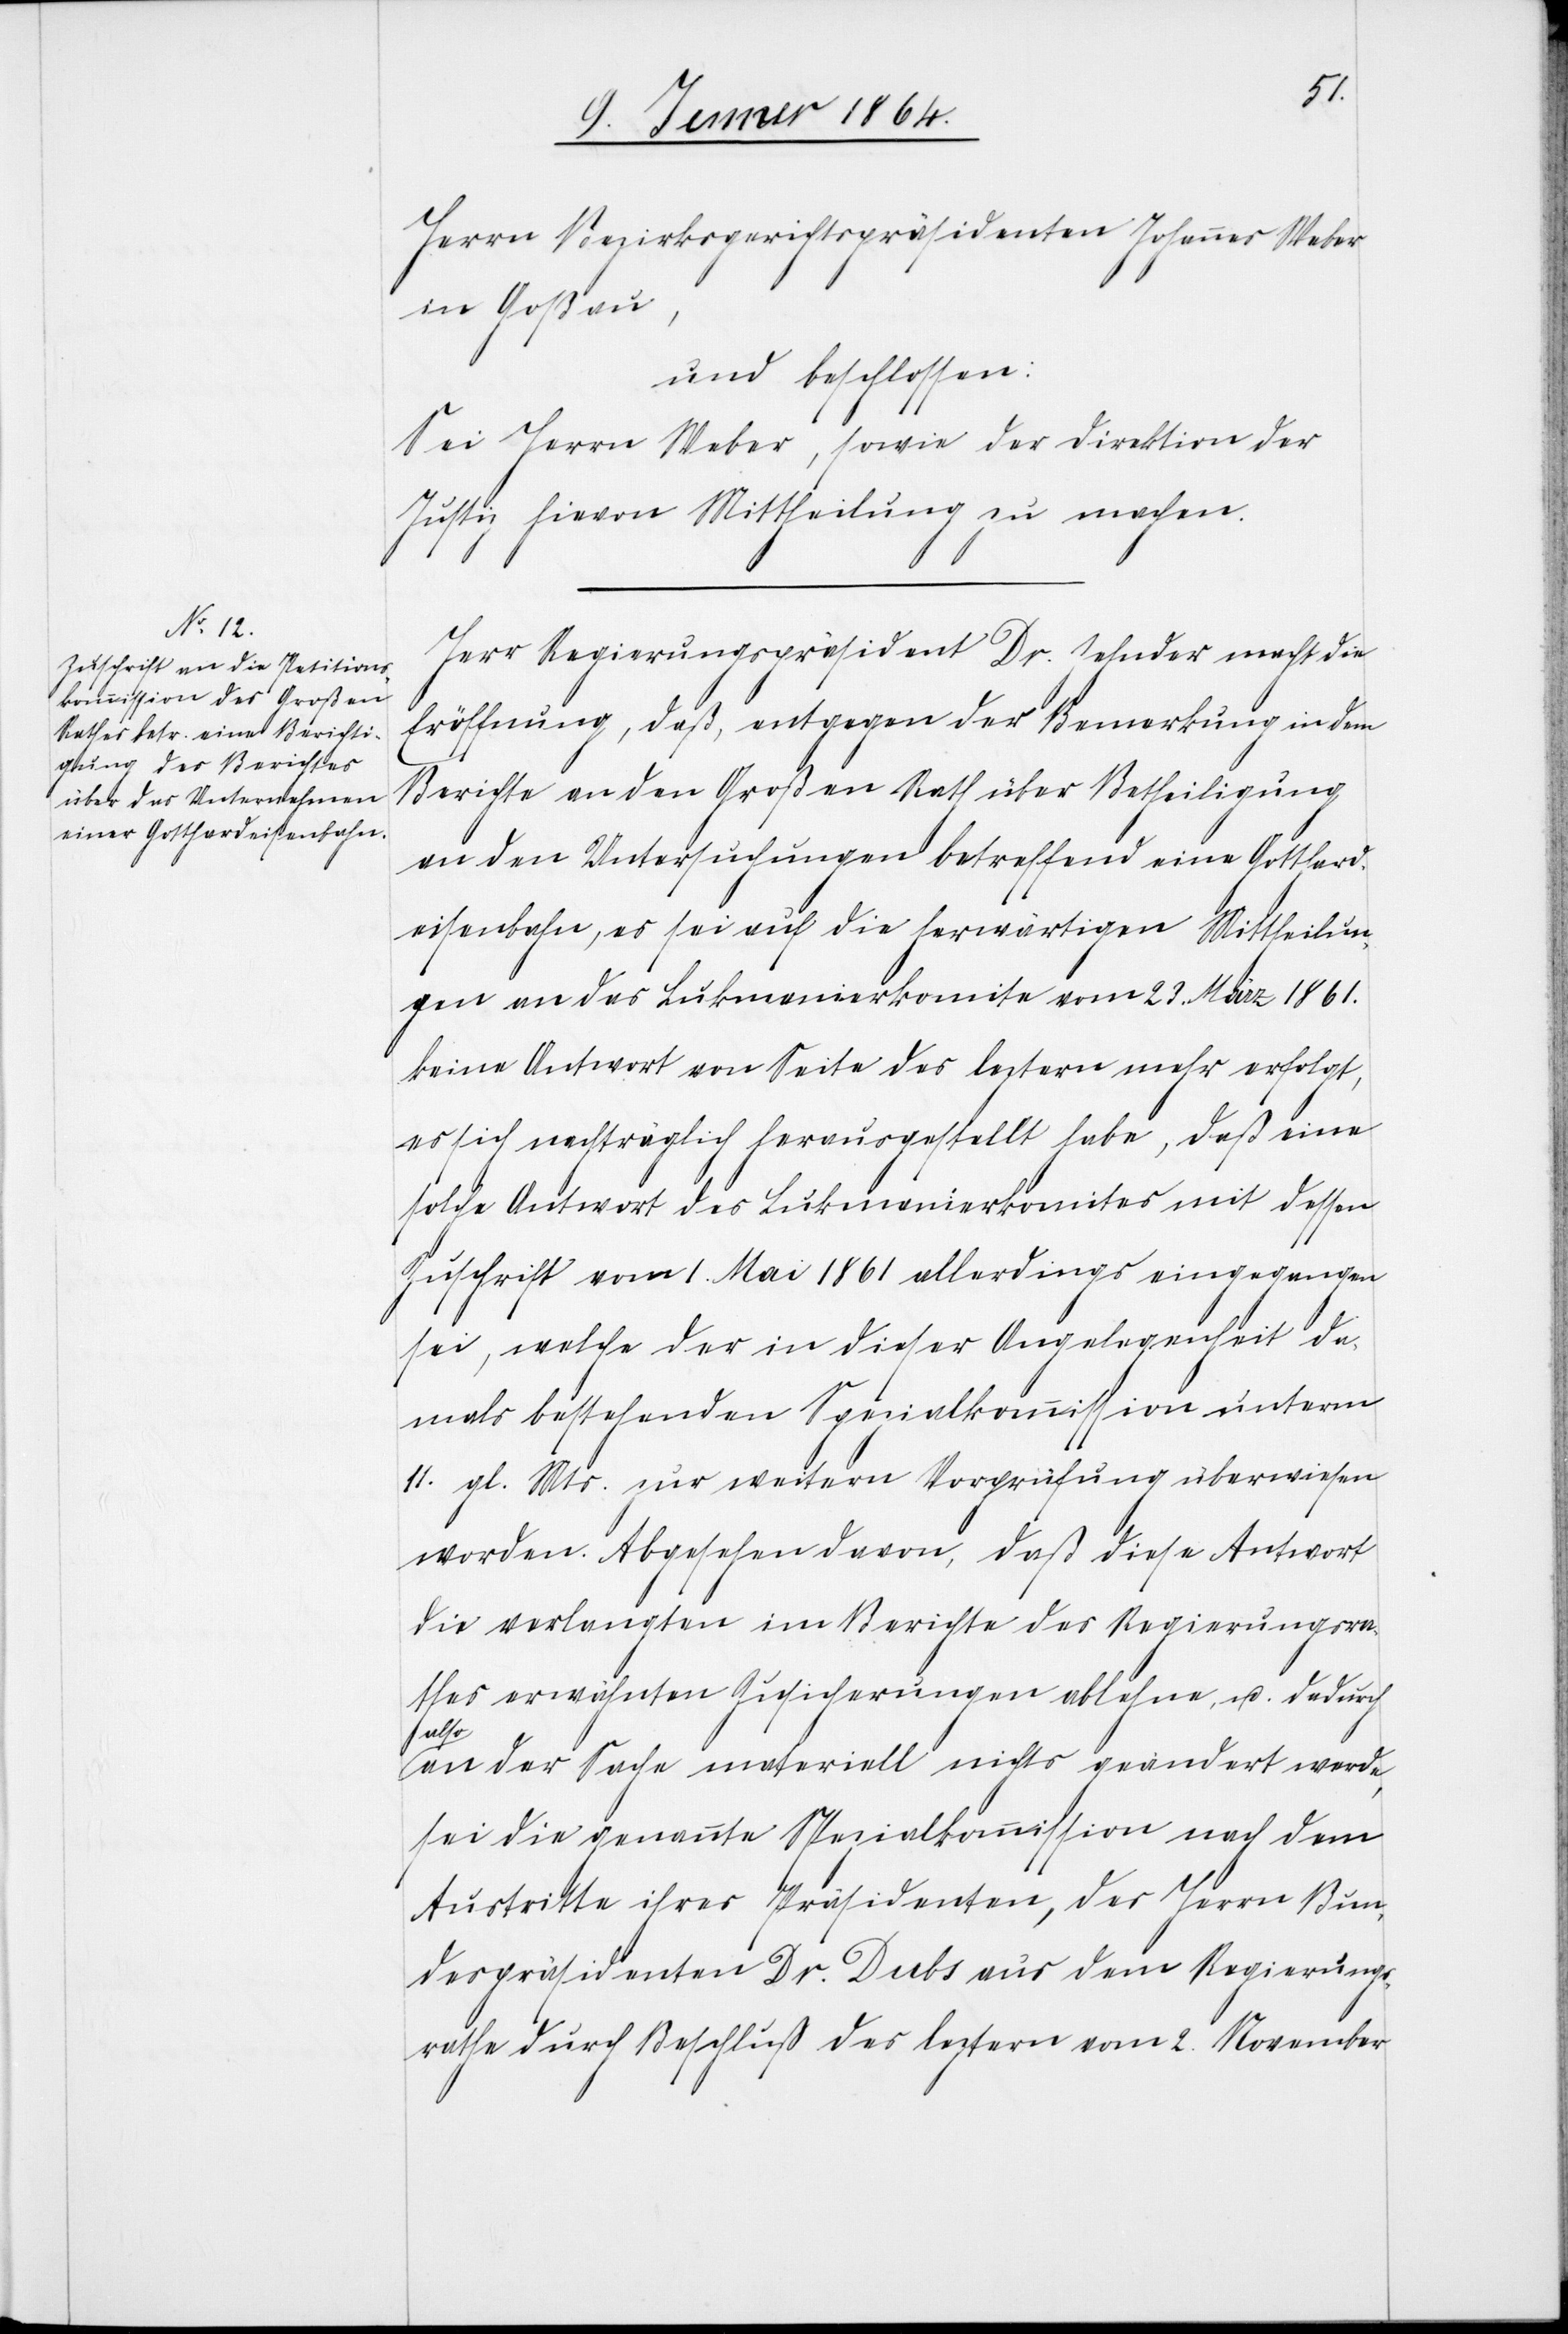
Herrn Bezirksgerichtspräsidenten Johannes Weber
in Goßau,
und beschlossen:
Sei Herrn Weber, sowie der Direktion der
Justiz hievon Mittheilung zu machen.
Herr Regierungspräsident Dr. Zehnder macht die
Eröffnung, daß, entgegen der Bemerkung in dem
Berichte an den Großen Rath über Betheiligung
an den Untersuchungen betreffend eine Gotthard¬
eisenbahn, es sei auf die herwärtigen Mittheilung¬
en an das Lukmanierkomite vom 23. März 1861.
keine Antwort von Seite des letztern mehr erfolgt,
es sich nachträglich herausgestellt habe, daß eine
solche Antwort des Lukmanierkomites mit dessen
Zuschrift vom 1. Mai 1861 allerdings eingegangen
sei, welche der in dieser Angelegenheit da¬
mals bestehenden Spezialkommission unterm
11. gl. Mts. zur weitern Vorprüfung überwiesen
worden. Abgesehen davon, daß diese Antwort
die verlangten im Berichte des Regierungsra¬
thes erwähnten Zusicherungen ablehne, u. dadurch
also
an der Sache materiell nichts geändert werde,
sei die genannte Spezialkommission nach dem
Austritte ihres Präsidenten, des Herrn Bun¬
despräsidenten Dr. Dubs aus dem Regierungs¬
rathe durch Beschluß des leztern vom 2. November